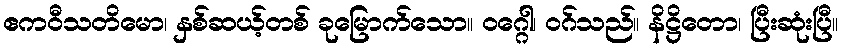
ဧကဝီသတိမော၊ နှစ်ဆယ့်တစ် ခုမြောက်သော။ ဝဂ္ဂေါ၊ ဝဂ်သည်။ နိဋ္ဌိတော၊ ပြီးဆုံးပြီ။